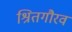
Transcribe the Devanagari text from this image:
श्रितगौरव